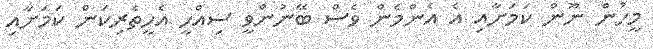
މީހުން ނޫން ކަމަށާއި އެ އެންމެން ވެސް ބޭނުންވީ ސިއްހީ އެހީތެރިކަން ކަމަށާއި